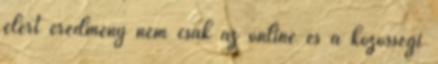
elért eredmény nem csak az online és a közösségi